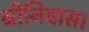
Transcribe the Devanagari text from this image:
श्रीनिवास।